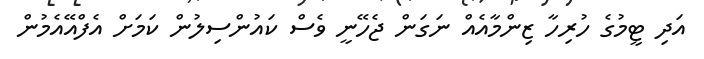
އަދި ޓީމުގެ ހުރިހާ ޒިންމާއެއް ނަގަން ޖެހޭނީ ވެސް ކައުންސިލުން ކަމަށް އެފްއޭއެމުން